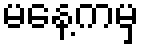
မနေ့ကမှ